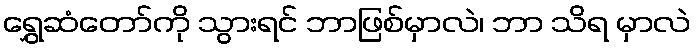
ရွှေဆံတော်ကို သွားရင် ဘာဖြစ်မှာလဲ၊ ဘာ သိရ မှာလဲ